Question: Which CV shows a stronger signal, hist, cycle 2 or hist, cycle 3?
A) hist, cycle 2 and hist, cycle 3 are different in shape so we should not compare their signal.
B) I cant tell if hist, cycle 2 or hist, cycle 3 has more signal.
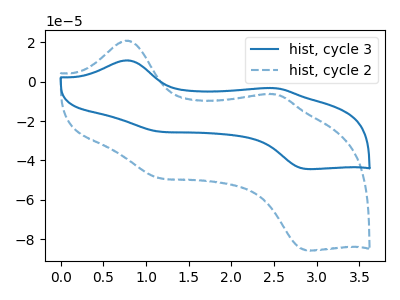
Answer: <think>The blue curve "hist, cycle 3" has anodic peaks at (0.75V, 10.75uA) (2.50V, -3.35uA) and cathodic peaks at (1.15V, -25.35uA) (2.90V, -44.35uA). The blue dashed curve "hist, cycle 2" has anodic peaks at (0.75V, 20.75uA) (2.50V, -6.45uA) and cathodic peaks at (1.15V, -48.95uA) (2.90V, -85.60uA).
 All the peaks in "hist, cycle 2" have a peak in "hist, cycle 3" at the same potential.</think>
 <answer>B) I cant tell if "hist, cycle 2" or "hist, cycle 3" has more signal.</answer>
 <eval>B</eval>